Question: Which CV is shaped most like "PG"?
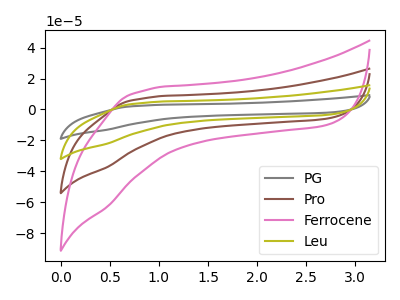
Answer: <think>The gray curve "PG" has no peaks. The brown curve "Pro" has no peaks. The pink curve "Ferrocene" has no peaks. The olive curve "Leu" has no peaks.
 Neither "PG" or "Pro" have any peaks. Neither "PG" or "Ferrocene" have any peaks. Neither "PG" or "Leu" have any peaks. Neither "Pro" or "Ferrocene" have any peaks. Neither "Pro" or "Leu" have any peaks. Neither "Ferrocene" or "Leu" have any peaks.</think>
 <answer>"PG", "Pro" and "Leu" have a similar shape to "Ferrocene".</answer>
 <eval>"PG" "Pro" "Leu"</eval>